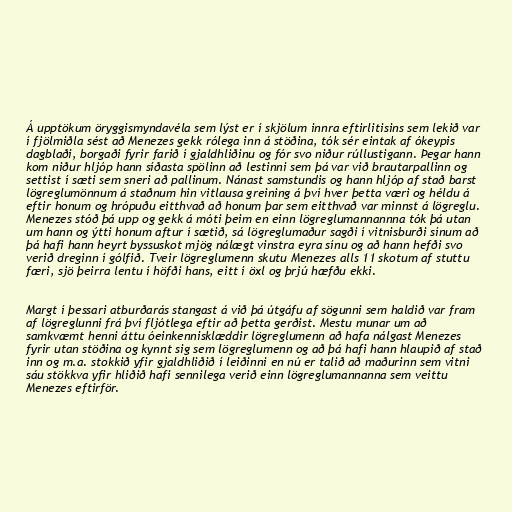
Á upptökum öryggismyndavéla sem lýst er í skjölum innra eftirlitisins sem lekið var
í fjölmiðla sést að Menezes gekk rólega inn á stöðina, tók sér eintak af ókeypis
dagblaði, borgaði fyrir farið í gjaldhliðinu og fór svo niður rúllustigann. Þegar hann
kom niður hljóp hann síðasta spölinn að lestinni sem þá var við brautarpallinn og
settist í sæti sem sneri að pallinum. Nánast samstundis og hann hljóp af stað barst
lögreglumönnum á staðnum hin vitlausa greining á því hver þetta væri og héldu á
eftir honum og hrópuðu eitthvað að honum þar sem eitthvað var minnst á lögreglu.
Menezes stóð þá upp og gekk á móti þeim en einn lögreglumannannna tók þá utan
um hann og ýtti honum aftur í sætið, sá lögreglumaður sagði í vitnisburði sínum að
þá hafi hann heyrt byssuskot mjög nálægt vinstra eyra sínu og að hann hefði svo
verið dreginn í gólfið. Tveir lögreglumenn skutu Menezes alls 11 skotum af stuttu
færi, sjö þeirra lentu í höfði hans, eitt í öxl og þrjú hæfðu ekki.

Margt í þessari atburðarás stangast á við þá útgáfu af sögunni sem haldið var fram
af lögreglunni frá því fljótlega eftir að þetta gerðist. Mestu munar um að
samkvæmt henni áttu óeinkennisklæddir lögreglumenn að hafa nálgast Menezes
fyrir utan stöðina og kynnt sig sem lögreglumenn og að þá hafi hann hlaupið af stað
inn og m.a. stokkið yfir gjaldhliðið í leiðinni en nú er talið að maðurinn sem vitni
sáu stökkva yfir hliðið hafi sennilega verið einn lögreglumannanna sem veittu
Menezes eftirför.